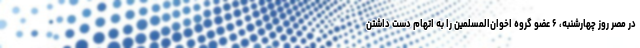
در مصر روز چهارشنبه، ۶ عضو گروه اخوان‌المسلمین را به اتهام دست داشتن